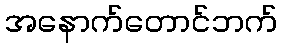
အနောက်တောင်ဘက်